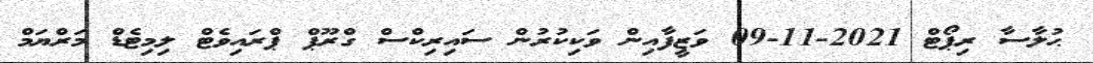
ޙުލާސާ ރިޕޯޓް 2021-11-09 ވަޒީފާއިން ވަކިކުރުން ސައިރިކްސް ގްރޫޕް ޕްރައިވެޓް ލިމިޓެޑް މަރްޔަމް